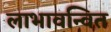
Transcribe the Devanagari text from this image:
लाभावन्वित